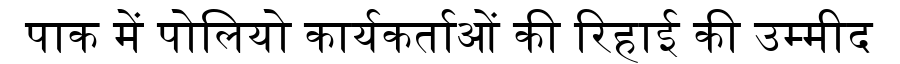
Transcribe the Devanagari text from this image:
पाक में पोलियो कार्यकर्ताओं की रिहाई की उम्मीद